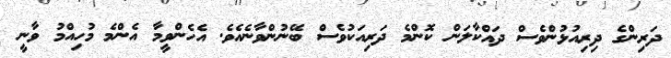
ދަރިންގެ ދިރިއުޅުންވެސް ދައްކާލަން ކޮންމެ ދަރިއަކުވެސް ބޭނުންވާނެއެވެ. އެހެންވީމާ އެންމެ މުހިއްމު ވާނީ